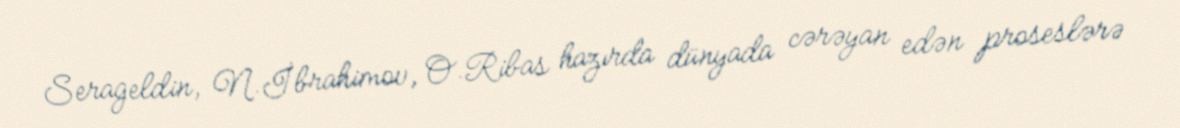
Serageldin, N.İbrahimov, O.Ribas hazırda dünyada cərəyan edən proseslərə